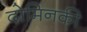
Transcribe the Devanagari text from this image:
दोमिनकी